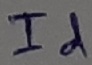
Text: Id